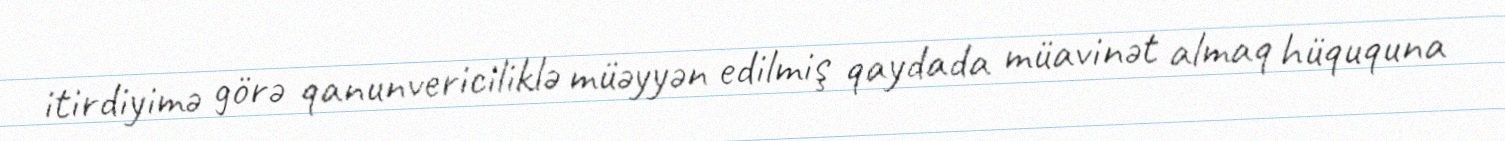
itirdiyimə görə qanunvericiliklə müəyyən edilmiş qaydada müavinət almaq hüququna